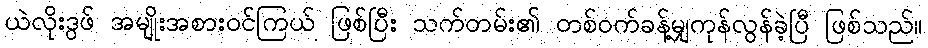
ယဲလိုးဒွဖ် အမျိုးအစားဝင်ကြယ် ဖြစ်ပြီး သက်တမ်း၏ တစ်ဝက်ခန့်မျှကုန်လွန်ခဲ့ပြီ ဖြစ်သည်။